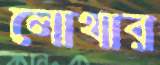
লোথার